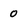
Character: 0